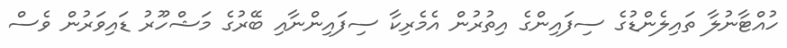
ހުއްޓާނުލާ ތައިލެންޑުގެ ސިފައިންގެ އިތުރުން އެމެރިކާ ސިފައިންނާއި ބޭރުގެ މަޝްހޫރު ޑައިވަރުން ވެސް